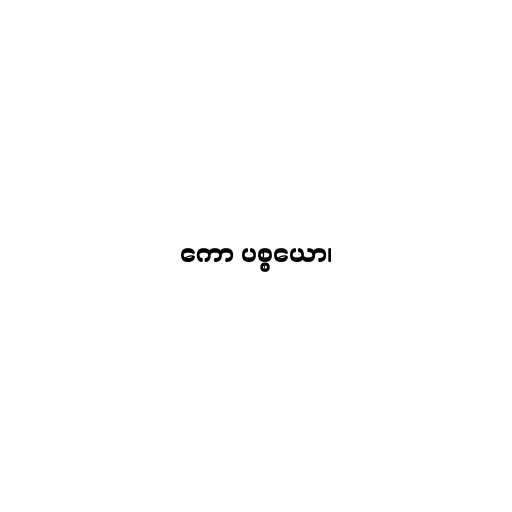
ကော ပစ္စယော၊